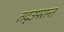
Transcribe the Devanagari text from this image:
तद्उपरान्त